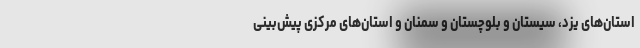
استان‌های یزد، سیستان و بلوچستان و سمنان و استان‌های مرکزی پیش‌بینی